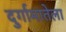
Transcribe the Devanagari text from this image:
दुर्गामातेला